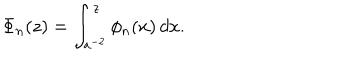
\Phi _ { n } ( z ) = \int _ { a ^ { - 2 } } ^ { z } \phi _ { n } ( x ) \, d x .